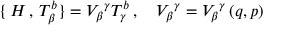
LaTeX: \{ \, H \, , \, T _ { \beta } ^ { b } \} = V _ { \beta } { } ^ { \gamma } T _ { \gamma } ^ { b } \, , \quad V _ { \beta } { } ^ { \gamma } = V _ { \beta } { } ^ { \gamma } \, ( q , p )